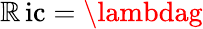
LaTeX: \operatorname{\mathbb{R}ic}=\lambdag